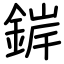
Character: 錌